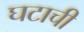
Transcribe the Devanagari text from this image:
घटाची